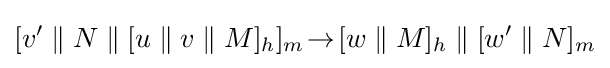
[v'\;\|\;N\;\|\;[u\;\|\;v\;\|\;M]_{h}]_{m}\!\rightarrow \![w\;\|\;M]_{h}\;\|\;[w'\;\|\;N]_{m}